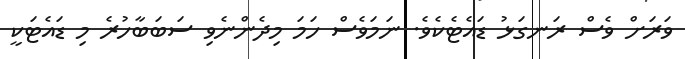
ވަރަށް ވެސް ރަނގަޅު ޑައެޓެކެވެ. ނަމަވެސް ހަމަ މިދެންނެވި ސަބަބާހުރެ މި ޑައެޓަކީ